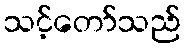
သင့်တော်သည်